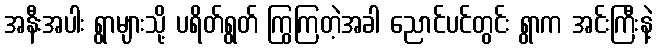
အနီးအပါး ရွာများသို့ ပရိတ်ရွတ် ကြွကြတဲ့အခါ ညောင်ပင်တွင်း ရွာက အင်းကြီးနဲ့